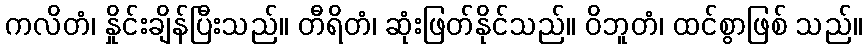
ကလိတံ၊ နှိုင်းချိန်ပြီးသည်။ တီရိတံ၊ ဆုံးဖြတ်နိုင်သည်။ ဝိဘူတံ၊ ထင်စွာဖြစ် သည်။